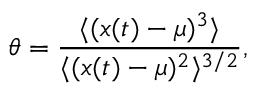
\theta = \frac { \langle ( x ( t ) - \mu ) ^ { 3 } \rangle } { \langle ( x ( t ) - \mu ) ^ { 2 } \rangle ^ { 3 / 2 } } ,